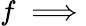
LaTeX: f\implies